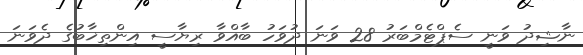
ނާޝިދު ވަނީ ސެޕްޓެމްބަރު 28 ވަނަ ދުވަހު ބާއްވާ ރިޔާސީ އިންތިޚާބުގެ ދެވަނަ